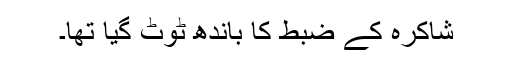
شاکرہ کے ضبط کا باندھ ٹوٹ گیا تھا۔